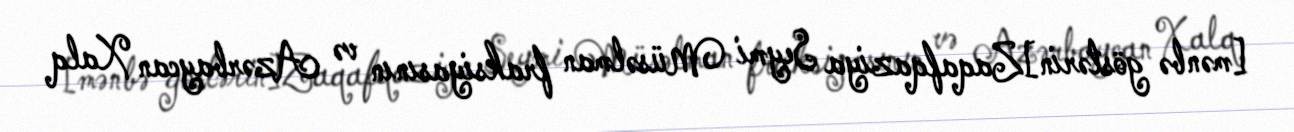
[mənbə göstərin]Zaqafqaziya Seymi Müsəlman fraksiyasının və Azərbaycan Xalq